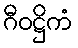
ဂီဝဋ္ဌိကံ